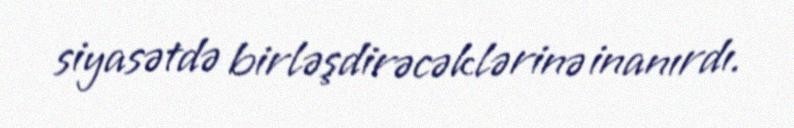
siyasətdə birləşdirəcəklərinə inanırdı.